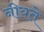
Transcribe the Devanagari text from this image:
नीयते